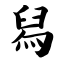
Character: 舄